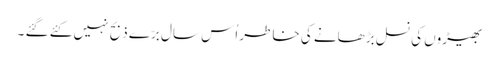
بھیڑوں کی نسل بڑھانے کی خاطر اُس سال برّے ذبح نہیں کئے گئے ۔